Civil Veterinary Department Bengal reports 1923-33 - 1923-1933
Year: 1923
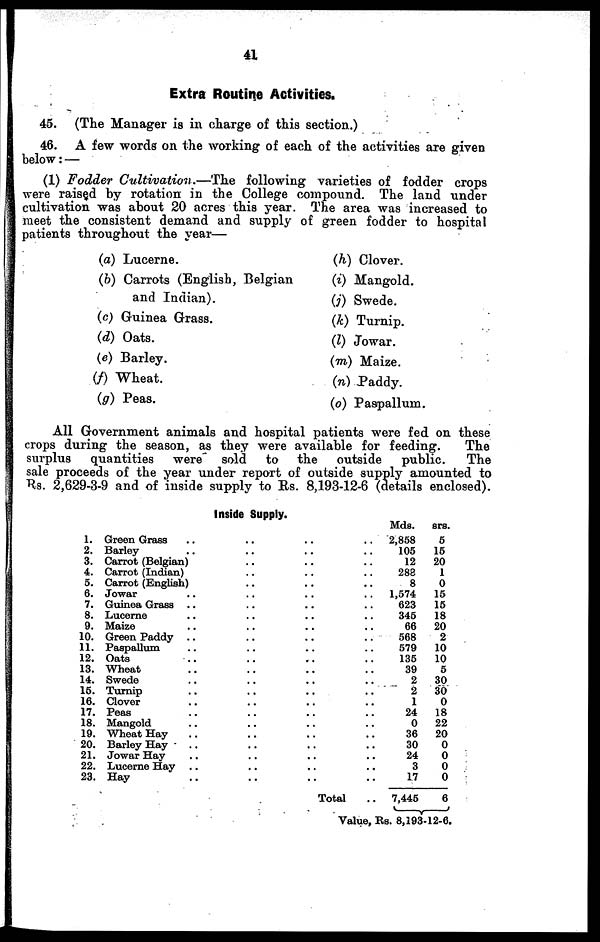
41
Extra Routine Activities.
45. (The Manager is in charge of this section.)
46. A few words on the working of each of the activities are given
below: —
(1) Fodder Cultivation.—The
following varieties of fodder crops
were raised by rotation in the College compound. The land under
cultivation was about 20 acres this year. The area was increased to
meet the consistent demand and supply of green fodder to hospital
patients throughout the year—
(a) Lucerne.
(b) Carrots (English, Belgian
and Indian).
(c) Guinea Grass.
(d) Oats.
(e) Barley.
(f) Wheat.
(g) Peas.
(h) Clover.
(i) Mangold.
(j) Swede.
(k) Turnip.
(l) Jowar.
(m) Maize.
(n) Paddy.
(o) Paspallum.
All Government animals and hospital patients were fed on these
crops during the season, as they were available for feeding.
The
surplus
quantities
were
sold
to the
outside
public.
The
sale proceeds of the year under report of outside supply amounted to
Rs. 2,629-3-9 and of inside supply to Rs. 8,193-12-6 (details enclosed).
Inside 8upply.
1. Green Grass .. .. .. ..
2. Barley .. .. .. ..
3. Carrot (Belgian) .. .. .. ..
4. Carrot (Indian) .. .. .. ..
5. Carrot (English) .. .. .. ..
6. Jowar .. .. .. ..
7. Guinea Grass .. .. .. ..
8. Lucerne .. .. .. ..
9. Maize .. .. .. ..
10. Green Paddy .. .. .. ..
11. Paspallum .. .. .. ..
12. Oats .. .. .. ..
13. Wheat .. .. .. ..
14. Swede .. .. .. ..
16. Turnip .. .. .. ..
16. Clover .. .. .. ..
17. Peas .. .. .. ..
18. Mangold .. .. .. ..
19. Wheat Hay .. .. .. ..
20. Barley Hay .. .. .. ..
21. Jowar Hay .. .. .. ..
22. Lucerne Hay .. .. .. ..
23. Hay .. .. .. ..
Total ..
Mds.
2,858
105
12
283
8
1,574
623
345
66
568
579
135
39
2
2
1
24
0
36
30
24
3
17
7,445
srs.
5
15
20
1
0
15
15
18
20
2
10
10
5
30
30
0
18
22
20
0
0
0
0
6
Value, Rs. 8,193-12-6.